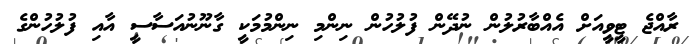
ރާއްޖެ ޓީވީއަށް އެއްބާރުލުން ނުދޭން ފުލުހުން ނިންމި ނިންމުމަކީ ގާނޫނުއަސާސީ އާއި ފުލުހުންގެ